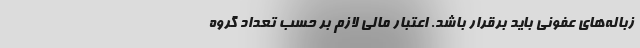
زباله‌های عفونی باید برقرار باشد. اعتبار مالی لازم بر حسب تعداد گروه